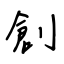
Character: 創